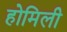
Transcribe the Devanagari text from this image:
होमिली